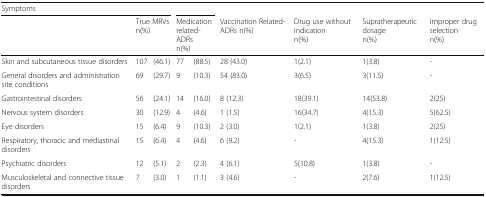
<table><thead><tr><td><b>Symptoms</b></td><td colspan="2"></td><td colspan="2"></td><td></td><td></td><td></td><td></td></tr><tr><td></td><td colspan="2"><b>True MRVsn(%)</b></td><td colspan="2"><b>Medication related-ADRsn(%)</b></td><td><b>Vaccination Related-ADRs n(%)</b></td><td><b>Drug use without indicationn(%)</b></td><td><b>Supratherapeutic dosagen(%)</b></td><td><b>Improper drug selectionn(%)</b></td></tr></thead><tbody><tr><td>Skin and subcutaneous tissue disorders</td><td>107</td><td>(46.1)</td><td>77</td><td>(88.5)</td><td>28 (43.0)</td><td>1(2.1)</td><td>1(3.8)</td><td>-</td></tr><tr><td>General disorders and administration site conditions</td><td>69</td><td>(29.7)</td><td>9</td><td>(10.3)</td><td>54 (83.0)</td><td>3(6.5)</td><td>3(11.5)</td><td>-</td></tr><tr><td>Gastrointestinal disorders</td><td>56</td><td>(24.1)</td><td>14</td><td>(16.0)</td><td>8 (12.3)</td><td>18(39.1)</td><td>14(53.8)</td><td>2(25)</td></tr><tr><td>Nervous system disorders</td><td>30</td><td>(12.9)</td><td>4</td><td>(4.6)</td><td>1 (1.5)</td><td>16(34.7)</td><td>4(15.3)</td><td>5(62.5)</td></tr><tr><td>Eye disorders</td><td>15</td><td>(6.4)</td><td>9</td><td>(10.3)</td><td>2 (3.0)</td><td>1(2.1)</td><td>1(3.8)</td><td>2(25)</td></tr><tr><td>Respiratory, thoracic and mediastinal disorders</td><td>15</td><td>(6.4)</td><td>4</td><td>(4.6)</td><td>6 (9.2)</td><td>-</td><td>4(15.3)</td><td>1(12.5)</td></tr><tr><td>Psychiatric disorders</td><td>12</td><td>(5.1)</td><td>2</td><td>(2.3)</td><td>4 (6.1)</td><td>5(10.8)</td><td>1(3.8)</td><td>-</td></tr><tr><td>Musculoskeletal and connective tissue disorders</td><td>7</td><td>(3.0)</td><td>1</td><td>(1.1)</td><td>3 (4.6)</td><td>-</td><td>2(7.6)</td><td>1(12.5)</td></tr></tbody></table>